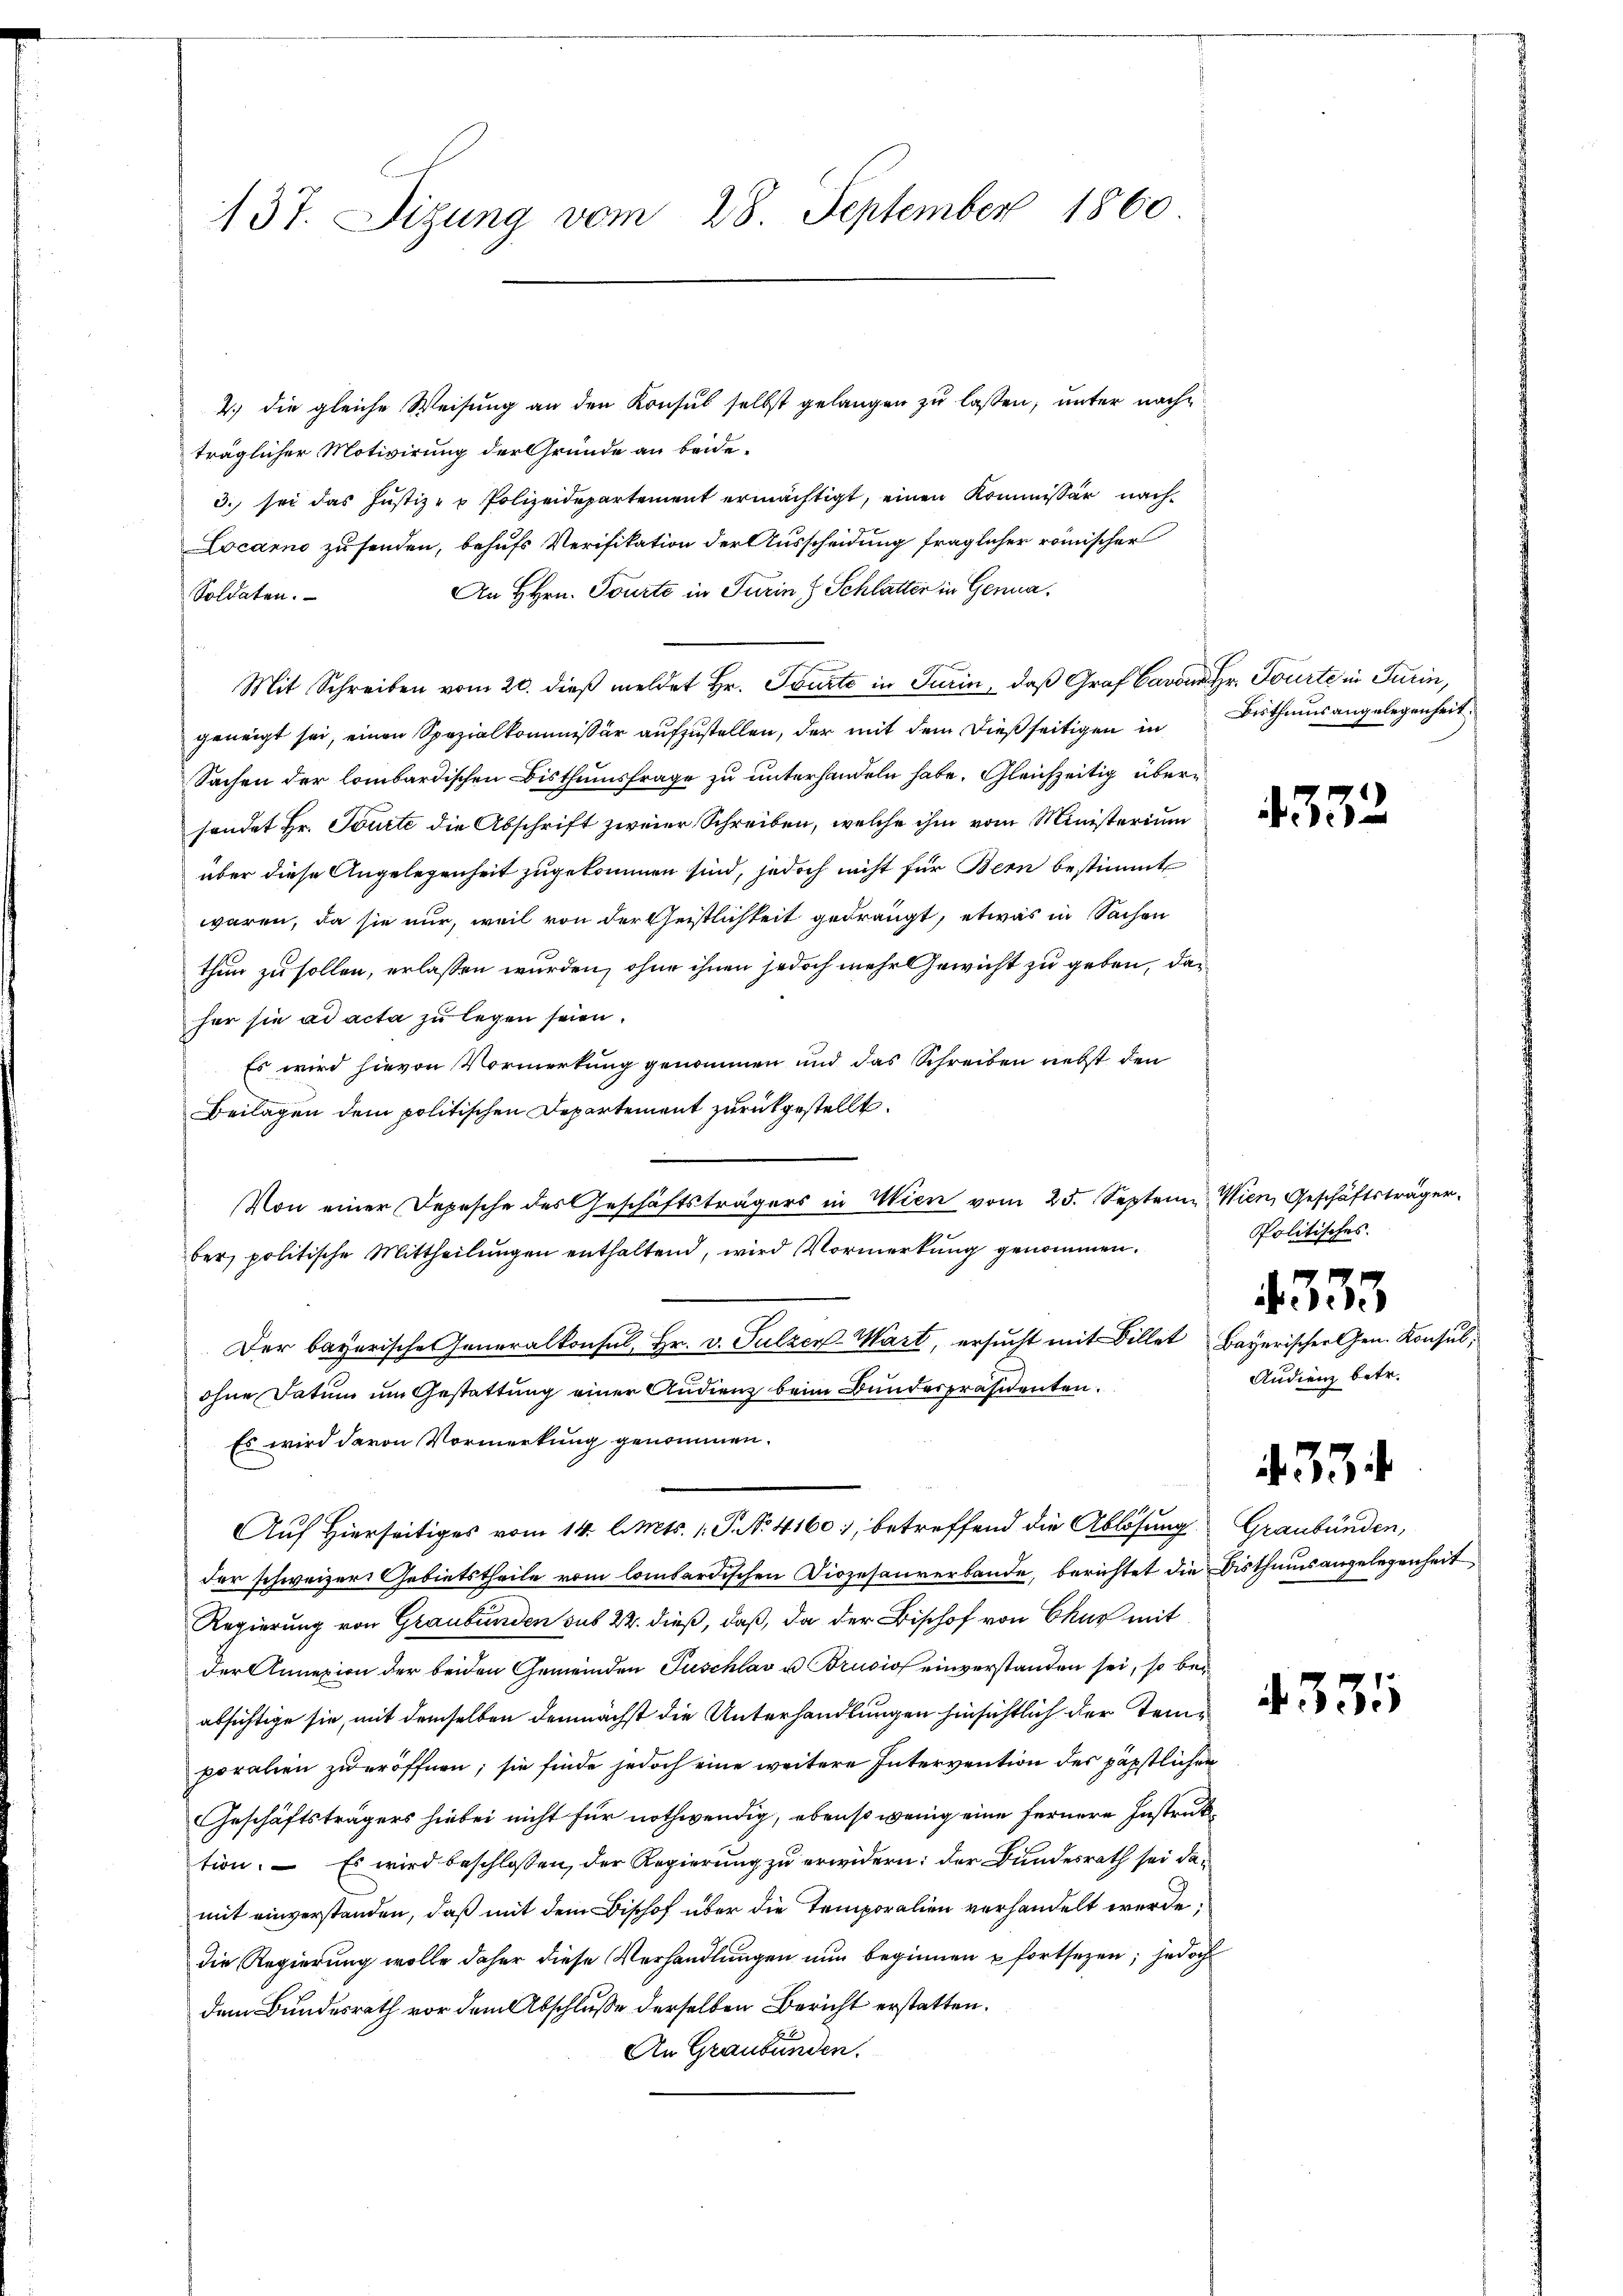
137. Sizung vom 28. September 1860

2.) die gleiche Weisung an den Konsul selbst gelangen zu lassen, unter nachträglicher Motivirung der Gründe an beide¬
3. sei das Justiz- & Polizeidepartement ermächtigt, einen Kommissär nach¬
Locarno zu senden, behufs Verifikation der Ausscheidung fraglicher römischer
An Hrn. Tourte in Turin Schlatter in Genua,
Soldaten.
Mit Schreiben vom 20. dieβ meldet Hr. Tourte in Turin, daß Graf Cavon Hr. Fürte in Turin,
geneigt sei, einen Spezialkommissär aŭfzŭstellen, der mit dem dießseitigen in Bisthaus angelegenheit.
Sachen der lombardischen Bisthumsfrage zu unterhandeln habe. Gleichzeitig übersondet Hr. Tourte die Abschrift zweier Schreiben, welche ihm vom Ministerium
über diese Angelegenheit zugekommen sind, jedoch nicht für Bern bestimmt
waren, da sie nur, weil von der Geistlichkeit gedrängt, etwas in Sachen
thun zu sollen, erlassen wurden, ohne ihnen jedoch mehr Gewicht zu geben, daher sie ad acta zu legen seien.
Es wird hievon Vormerkung genommen und das Schreiben nebst den
Beilagen dem politischen Departement zurückgestellt.
Von einer Depesche des Geschäftsträgers in Wien vom 25. Septen. Wien, Geschäftsträger-
ber, politische Mittheilungen enthaltend, wird Vormerkung genommen.
Der bayerische Generalkonsul, Hr. v. Sulzer-Wart, ersucht mit Billet Bayerischer Gen. Konsul,
ohne Datum um Gestattung einer Audienz beim Bundespräsidenten.
Es wird davon Vormerkung genommen.
Auf Hierseitiges vom 14. l. Mts. 1. P. No. 4160), betreffend die Ablösung
der schweizer Gebietstheile vom lombardischen Diözesaurerbande, berichtet die Disthumsangelegenheit
Regierung von Graubünden sub 22. dieß, daß, da der Bischof von Chur mit
der Annexion der beiden Gemeinden Puschlav u Brusio einverstanden sei, so bei
absichtige sie, mit demselben demnächst die Unterhandlungen hinsichtlich der Temporalien zu eröffnen; sie finde jedoch eine weitere Intervention des päpstlicher
Geschäftsträgers hiebei nicht für nothwendig, ebenso wenig eine fernere Instruktion. — Es wird beschlossen, der Regierung zu erwidern: der Bundesrath sei damit einverstanden, daß mit dem Bishof über die Temporalien verhandelt werde.
die Regierung wolle daher diese Verhandlungen nun beginnen fortsetzen; jedoch
dem Bundesrath vor dem Abschlusse derselben Bericht erstatten.
An Graubünden.

4352

Politisches.
455
Audienz betr.

Graubünden,

. 334.

4331